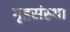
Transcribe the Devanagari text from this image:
गृहसंस्था